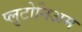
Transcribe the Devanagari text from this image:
प्लुटोनिअम